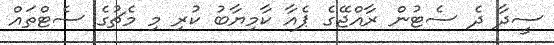
ސީދާ ދެ ސެޓުން ރާއްޖޭގެ ޕެއާ ކާމިޔާބު ކުރި މި މެޗުގެ ސެޓްތައް